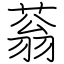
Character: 蓊